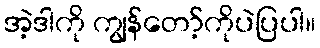
အဲ့ဒါကို ကျွန်တော့်ကိုပဲပြပါ။